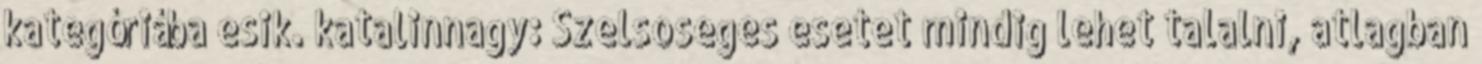
kategóriába esik. katalinnagy: Szelsoseges esetet mindig lehet talalni, atlagban